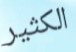
الكثير